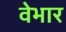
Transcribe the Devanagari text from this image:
वेभार